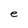
Character: e